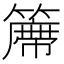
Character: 𱸩